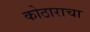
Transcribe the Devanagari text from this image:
कोठाराचा